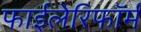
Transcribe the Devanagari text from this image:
फाईलेरिफॉर्म